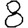
Digit: 8